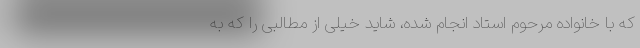
که با خانواده مرحوم استاد انجام شده، شاید خیلی از مطالبی را که به